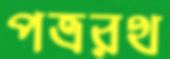
পত্ররথ